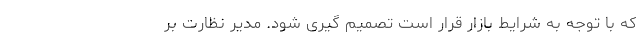
که با توجه به شرایط بازار قرار است تصمیم گیری شود. مدیر نظارت بر